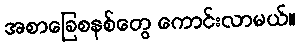
အစာခြေစနစ်တွေ ကောင်းလာမယ်။